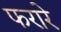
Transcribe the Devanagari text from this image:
फरारे